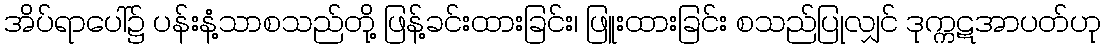
အိပ်ရာပေါ်၌ ပန်းနံ့သာစသည်တို့ ဖြန့်ခင်းထားခြင်း၊ ဖြူးထားခြင်း စသည်ပြုလျှင် ဒုက္ကဋအာပတ်ဟု